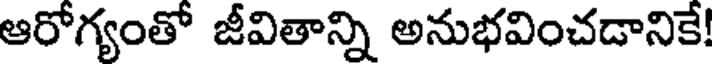
ఆరోగ్యంతో జీవితాన్ని అనుభవించడానికే!